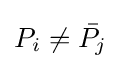
P_{i}\not ={\bar {P_{j}}}